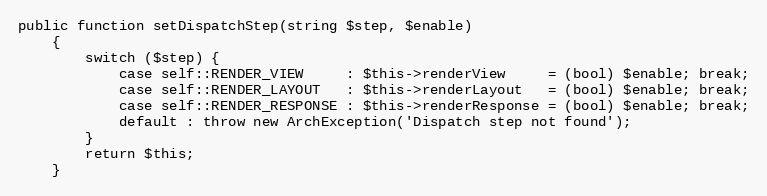
Language: PHP
public function setDispatchStep(string $step, $enable)
    {
        switch ($step) {
            case self::RENDER_VIEW     : $this->renderView     = (bool) $enable; break;
            case self::RENDER_LAYOUT   : $this->renderLayout   = (bool) $enable; break;
            case self::RENDER_RESPONSE : $this->renderResponse = (bool) $enable; break;
            default : throw new ArchException('Dispatch step not found');
        }
        return $this;
    }